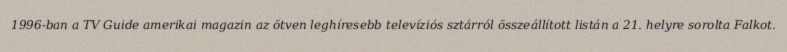
1996-ban a TV Guide amerikai magazin az ötven leghíresebb televíziós sztárról összeállított listán a 21. helyre sorolta Falkot.